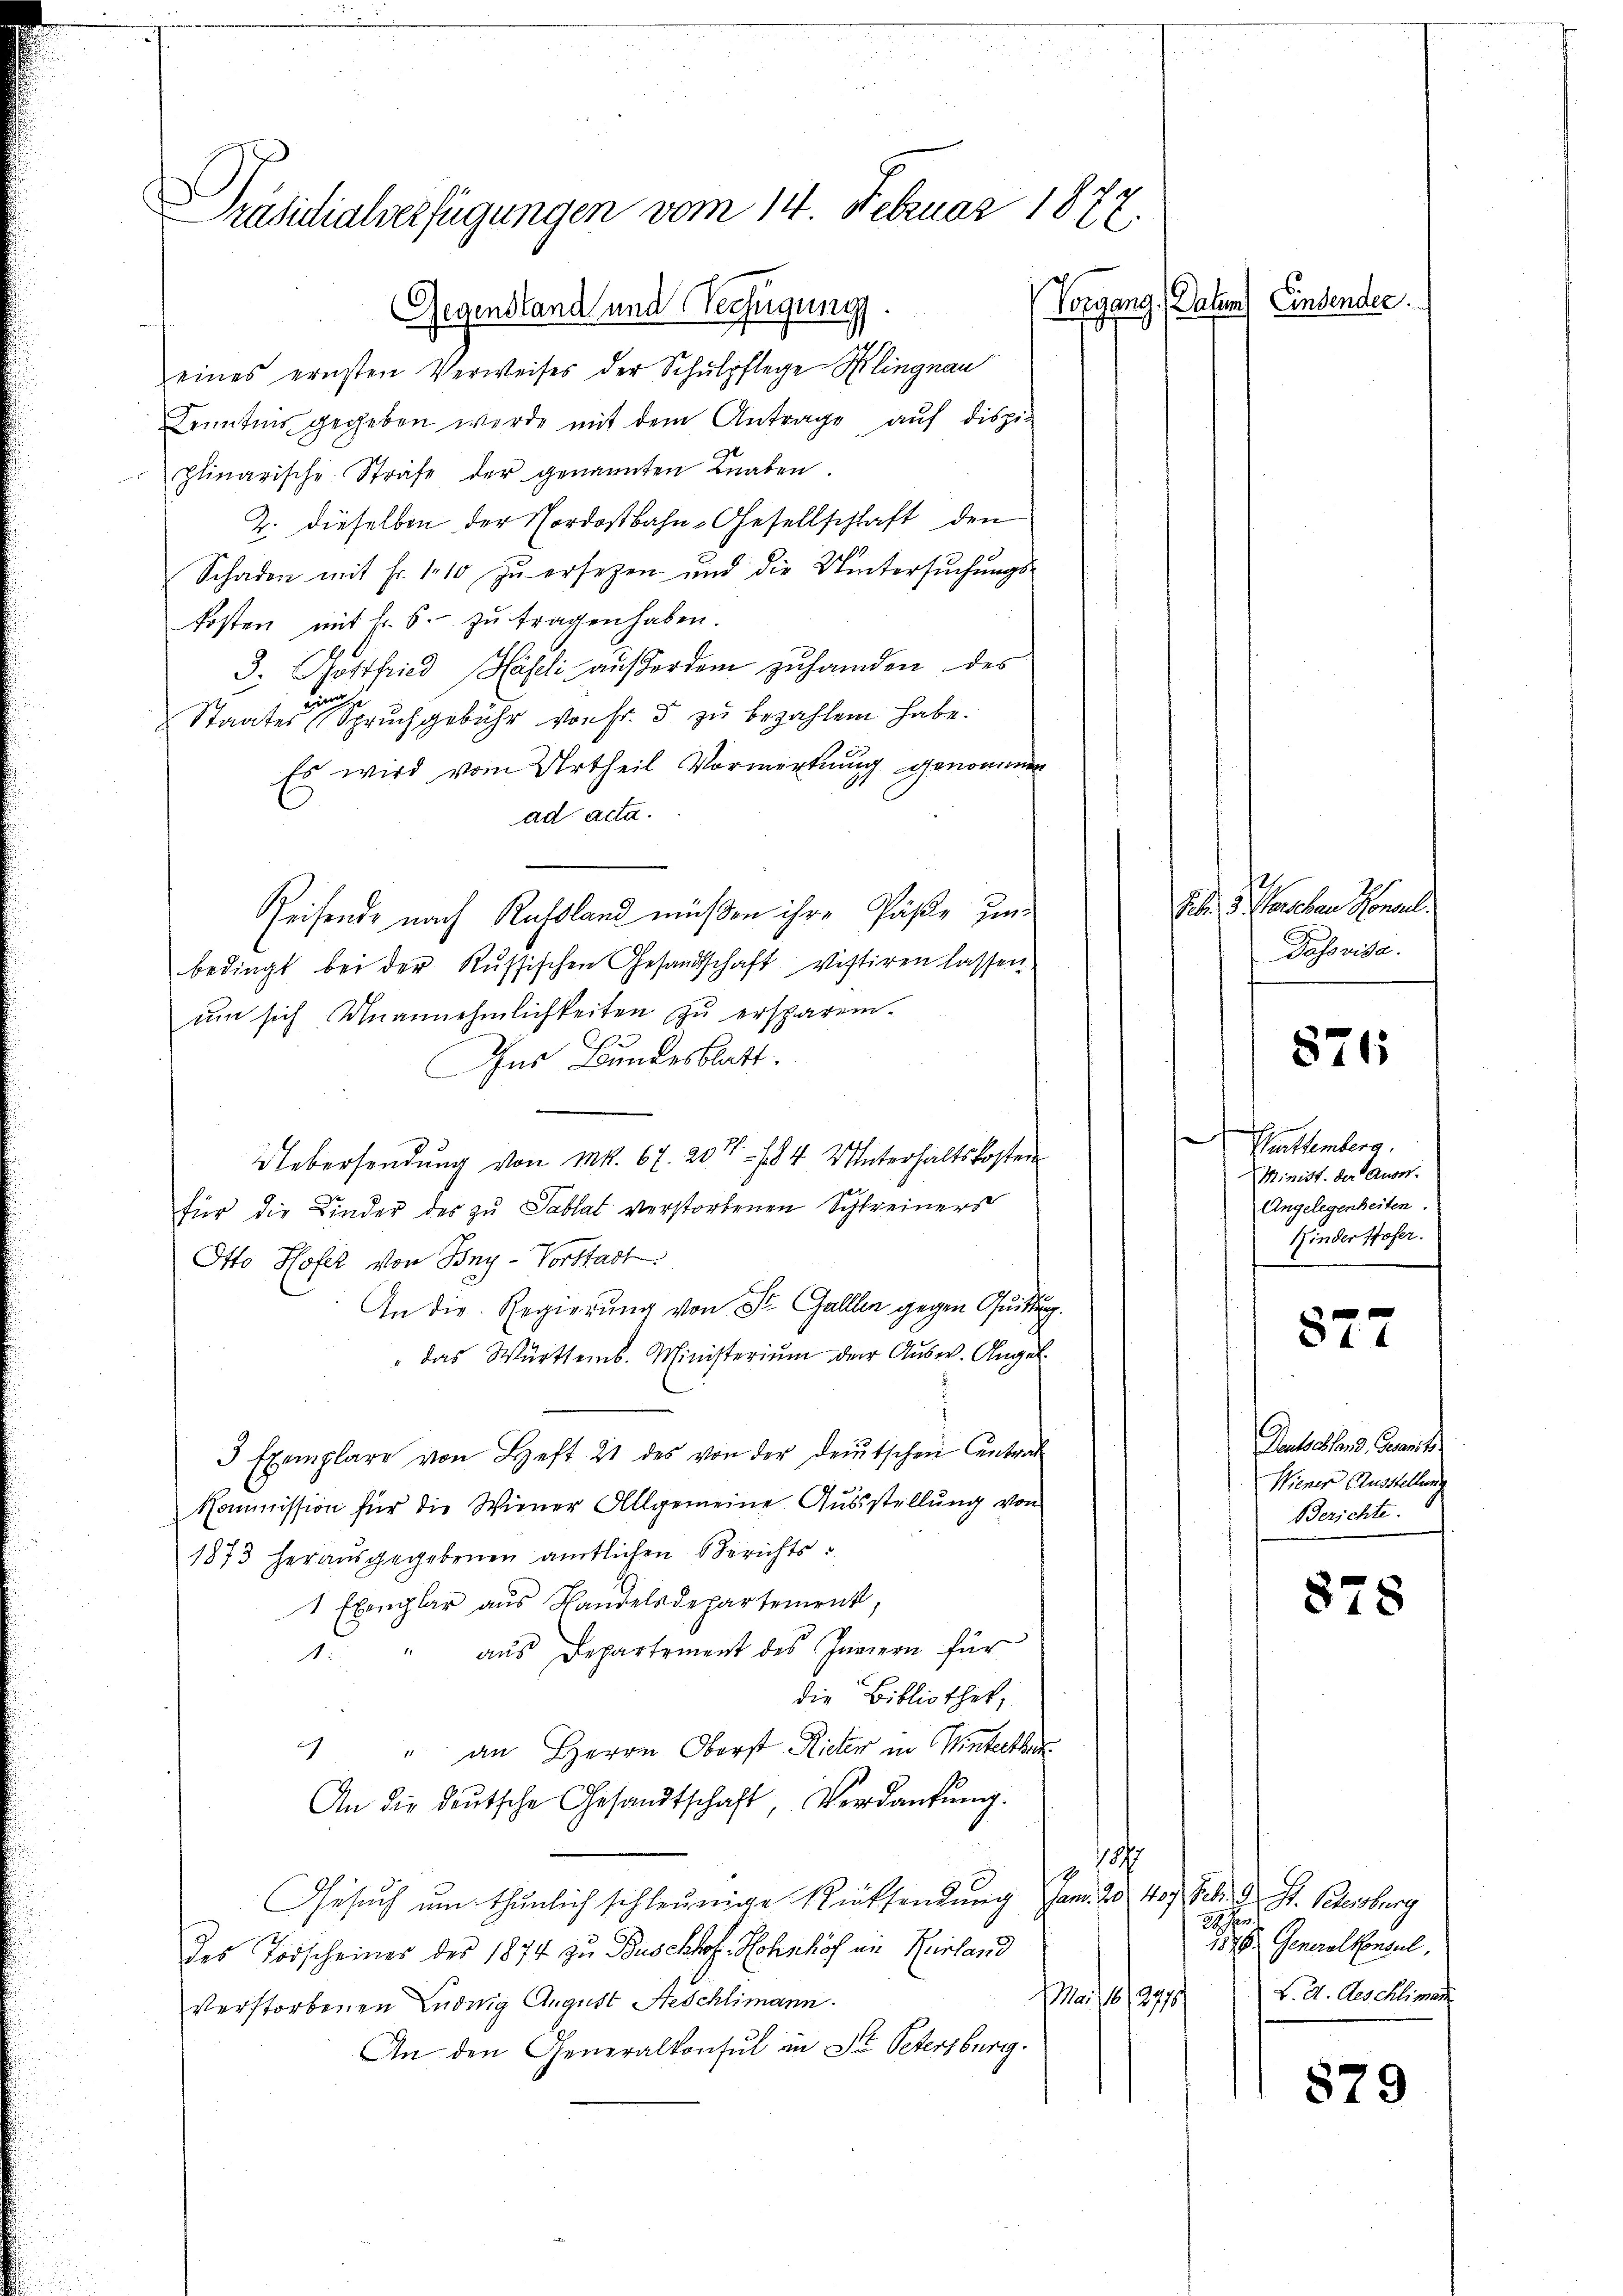
Päsidialverfügungen vom 14. Februar 1822.
Vorgang, Datum) Einsender.
Gegenstand und Verfügung.
d

eines ernsten Verweises der Schulpflege Klingnau
Kenntnis gegeben werde mit dem Antrage, auf disziplinarische Strafe der genannten Knaben
2. dieselben der Nordostbahn-Gesellschaft den
Schaden mit Fr. 110 zu ersezen und die Untersuchungskosten mit Fr. 6. zu fragen haben.
3. Gottfried Hasli, außerden zuhanden des
uun
Staates Spruchgebühr von Fr. 5 zu bezahlen habe.
Es wird vom Urtheil Vormerkung genommen
ad acta.
Reisende nach Russland müßen ihre Päße zum
bedingt bei der Russischen Gesandschaft vistiren lassen.
um sich Unannehmlichkeiten zŭ ersparen.
Ins Bundesblatt.
Uebersendung von Mk. 67. 204. 84 Unterhaltskosten
für die Kinder des zu Sablat verstorbenen Schreiners
Otto Hofer von Bny-Vorstadt.
An die Regierung von St. Gallen gegen Quittung
"das Württemb. Ministerium der Ausw. Angel
3 Exemplare von Heft 21 des von der deŭtschen Antrat
Kommission für die Wiener Allgemeine Ausstellung von
1873 herausgegebenen amtlichen Berichts-
1 Exemplar aus Handelsdepartement,
2 aus Departement des Innern für
die Bibliothek,
1 " an Herrn Oberst Rieter in Winterthur
An die deŭtsche Gesandtschaft, Verdankŭng.
Jahr
14
Gesŭch ŭm thunlich schleunige Rücksendung am 20 40 Sch. St. Petersburg
E
des Todscheines des 1874 zu Buschhof. Hohnhof in Kurland
M. 18. 297.
verstorbenen Luduig August Heschlimann.
An den Generalkonsul in Dr. Petersburg.

Fr. 5. Soneben Sonnel
Dasorisa

871

Württemberg.
Minist. der Ausn
Angelegenheiten.
Kinder Hofer.

827

Deutschend, Gesamt
Wiener Ausstellung
Berichte.

878

24. Fer
9. Generalkonsul,
L. d. Geschlimann

879